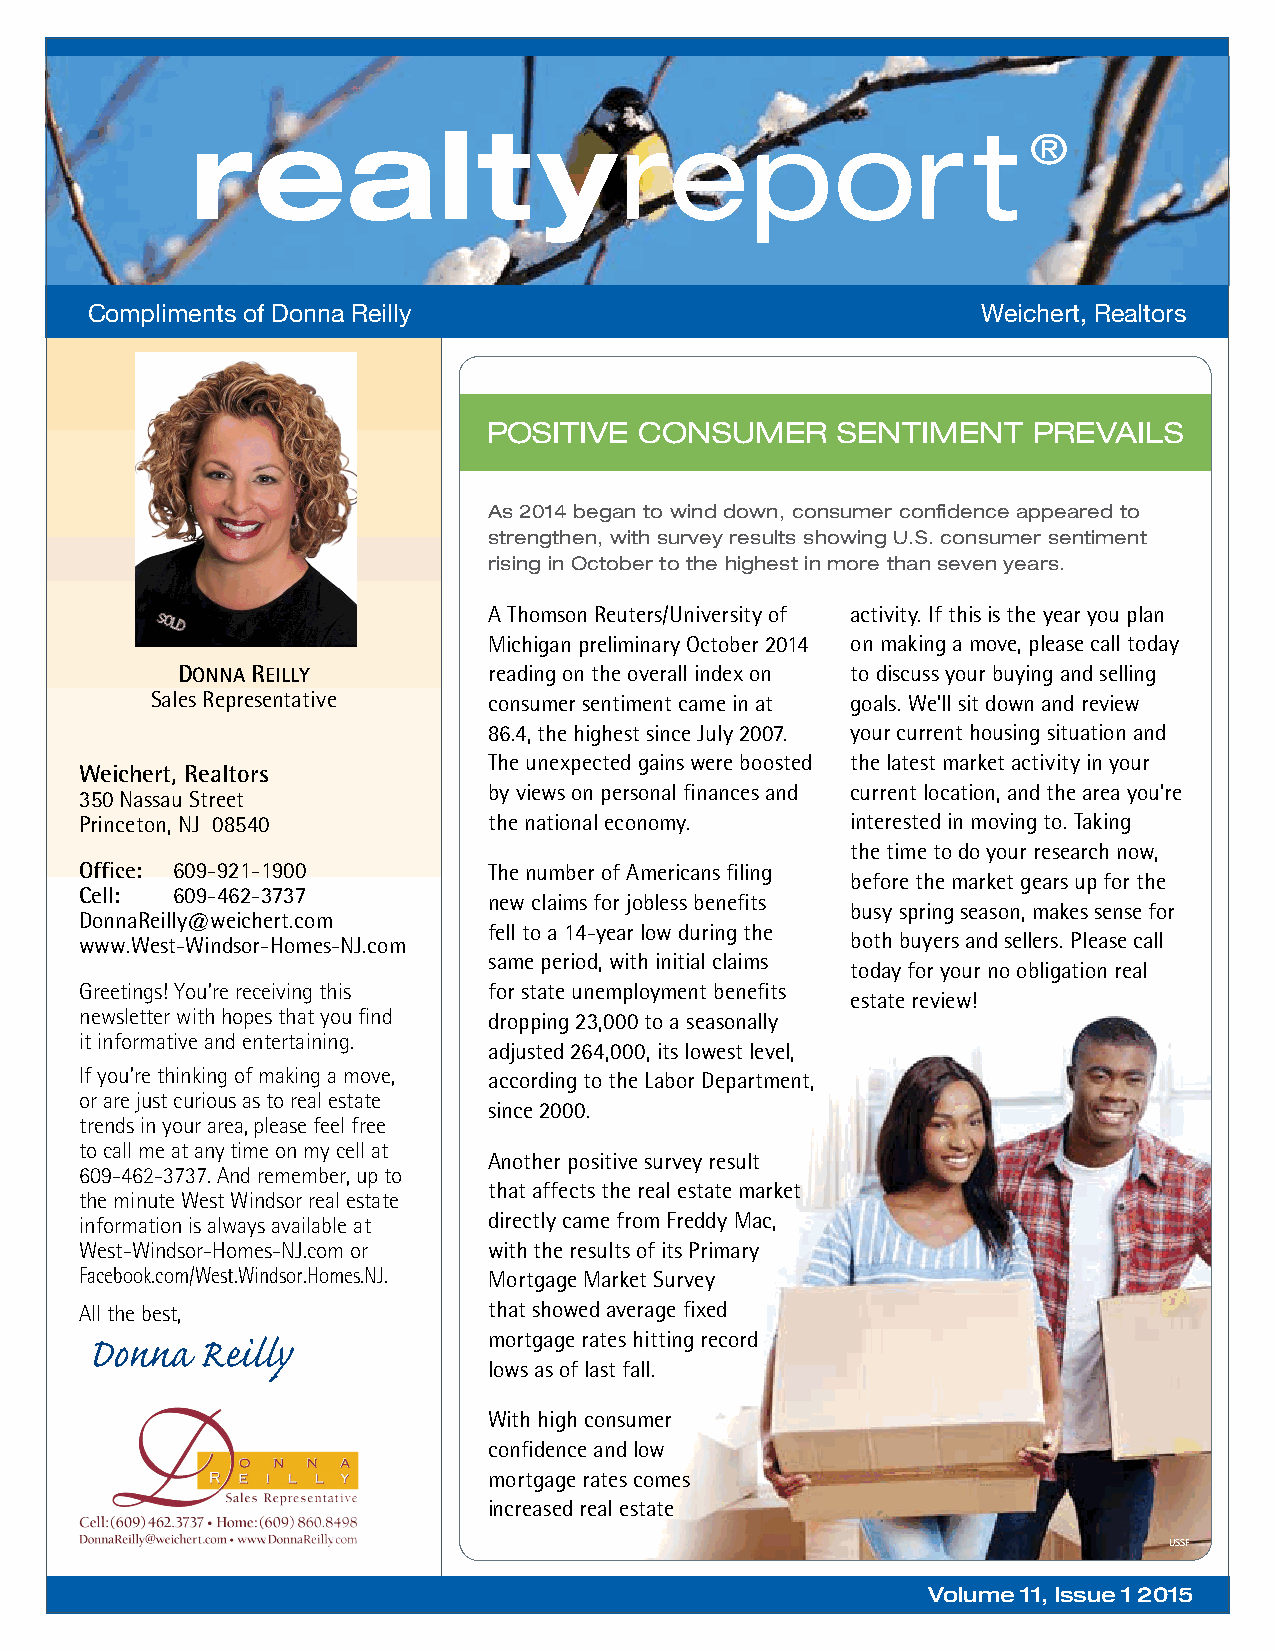
Compliments of Donna Reilly                                Weichert, Realtors
 POSITIVE  CONSUMER     SENTIMENT    PREVAILS
 As 2014 began to wind down, consumer confidence appeared to
 strengthen, with survey results showing U.S. consumer sentiment
 rising in October to the highest in more than seven years.
 A Thomson Reuters/University of activity. If this is the year you plan
 Michigan preliminary October 2014 on making a move, please call today
 DONNA REILLY        reading on the overall index on to discuss your buying and selling
 Sales Representative  consumer sentiment came in at goals. We’ll sit down and review
 86.4, the highest since July 2007. your current housing situation and
 The unexpected gains were boosted the latest market activity in your
 Weichert, Realtors
 by views on personal finances and current location, and the area you’re
 350 Nassau Street
 Princeton, NJ 08540        the national economy.   interested in moving to. Taking
 the time to do your research now,
 Office: 609-921-1900       The number of Americans filing
 before the market gears up for the
 Cell: 609-462-3737
 new claims for jobless benefits
 busy spring season, makes sense for
 DonnaReilly@weichert.com
 fell to a 14-year low during the
 www.West-Windsor-Homes-NJ.com                      both buyers and sellers. Please call
 same period, with initial claims
 today for your no obligation real
 Greetings! You’re receiving this for state unemployment benefits
 estate review!
 newsletter with hopes that you find dropping 23,000 to a seasonally
 it informative and entertaining.
 adjusted 264,000, its lowest level,
 If you’re thinking of making a move, according to the Labor Department,
 or are just curious as to real estate
 since 2000.
 trends in your area, please feel free
 to call me at any time on my cell at
 Another positive survey result
 609-462-3737. And remember, up to
 that affects the real estate market
 the minute West Windsor real estate
 information is always available at directly came from Freddy Mac,
 West-Windsor-Homes-NJ.com or with the results of its Primary
 Facebook.com/West.Windsor.Homes.NJ. Mortgage Market Survey
 All the best,              that showed average fixed
 Donna  Reilly             mortgage rates hitting record
 lows as of last fall.
 With high consumer
 confidence and low
 mortgage rates comes
 increased real estate
 USSF
 4                                                            Volume11,Issue12015